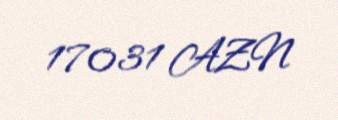
17031 AZN